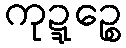
ကုဍ္ဍဉ္စေ